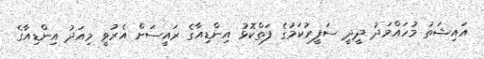
އައިޝަތު މުހައްމަދު ދީދީ ސަފީރުކަމުގެ ފަތްކޮޅު އިންޑިއާގެ ރައީސަށް އެރުވީ މިއަދު އިންޑިއާގެ